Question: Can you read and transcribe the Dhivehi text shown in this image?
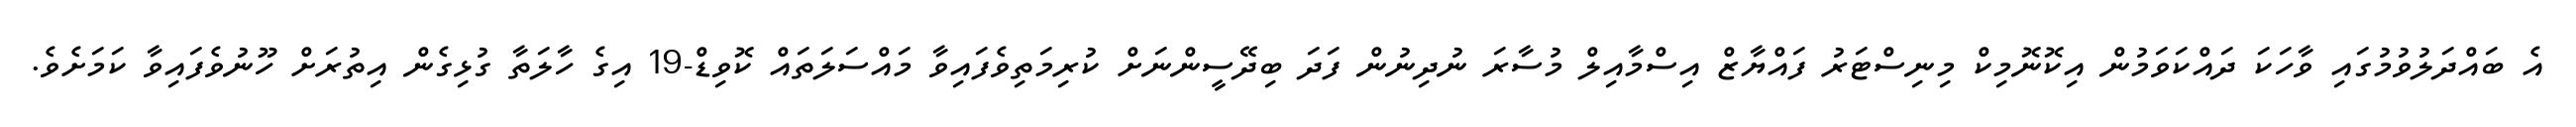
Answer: އެ ބައްދަލުވުމުގައި ވާހަކަ ދައްކަވަމުން އިކޮނޮމިކް މިނިސްޓަރު ފައްޔާޒް އިސްމާއިލް މުސާރަ ނުދިނުން ފަދަ ބިދޭސީންނަށް ކުރިމަތިވެފައިވާ މައްސަލަތައް ކޮވިޑް-19 އިގެ ހާލަތާ ގުޅިގެން އިތުރަށް ހޫނުވެފައިވާ ކަމަށެވެ.